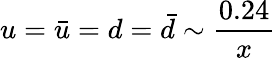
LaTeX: u=\bar{u}=d=\bar{d}\sim{\frac{0.24}{x}}